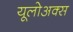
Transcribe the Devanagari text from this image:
यूलोअक्स